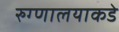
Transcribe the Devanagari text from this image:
रुग्णालयाकडे